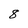
Character: 8